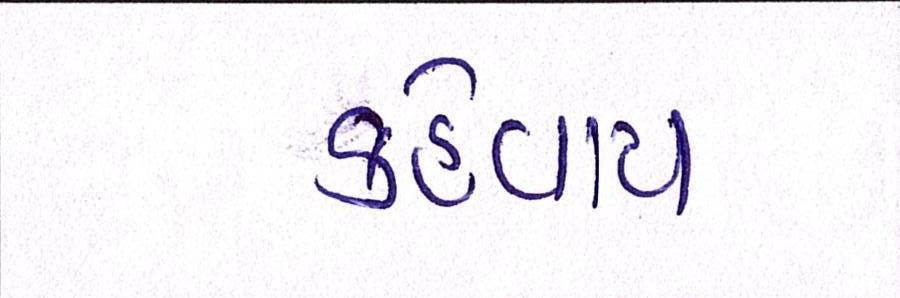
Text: કહેવાય